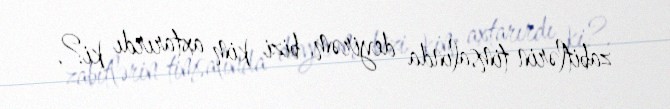
zabitlərin timsalında deyirəm, bizi kim axtarırdı ki?.